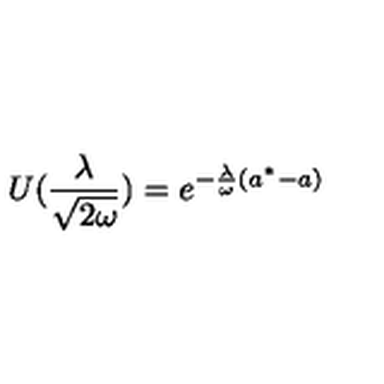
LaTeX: U ( \frac { \lambda } { \sqrt { 2 \omega } } ) = e ^ { - \frac { \lambda } { \omega } ( a ^ { * } - a ) }